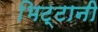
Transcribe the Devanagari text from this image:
भिट्टानी